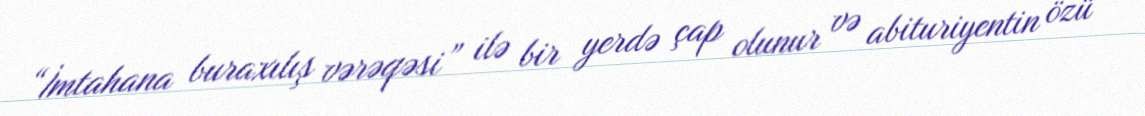
“İmtahana buraxılış vərəqəsi” ilə bir yerdə çap olunur və abituriyentin özü